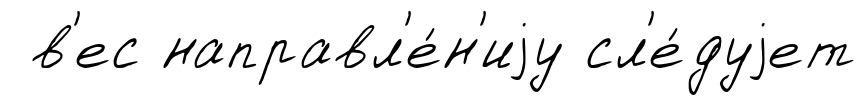
в'ес направл'е́н'иjу сл'е́дуjет